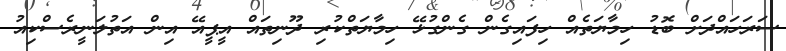
ސަރަހައްދަށް ބޮޑު ހިމާޔަތެއް ހިފައިގެން ގެންގުޅޭ ހިމާޔަތްކުރި ދޫނިތައް އީޕީއޭ އިން އަތުލަނީރެސްކިއު